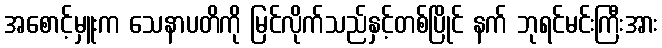
အစောင့်မှူးက သေနာပတိကို မြင်လိုက်သည်နှင့်တစ်ပြိုင် နက် ဘုရင်မင်းကြီးအား